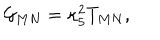
LaTeX: { \cal G } _ { M N } = \kappa _ { 5 } ^ { 2 } T _ { M N } ,